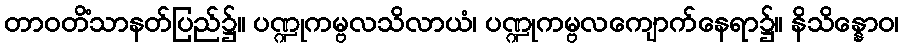
တာဝတိံသာနတ်ပြည်၌။ ပဏ္ဍုကမ္ဗလသိလာယံ၊ ပဏ္ဍုကမ္ဗလကျောက်နေရာ၌။ နိသိန္နောဝ၊